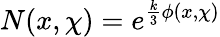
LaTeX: N(x,\chi)=e^{{\frac{k}{3}}\phi(x,\chi)}